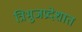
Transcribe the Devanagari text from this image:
त्रिभुजप्रदेशात